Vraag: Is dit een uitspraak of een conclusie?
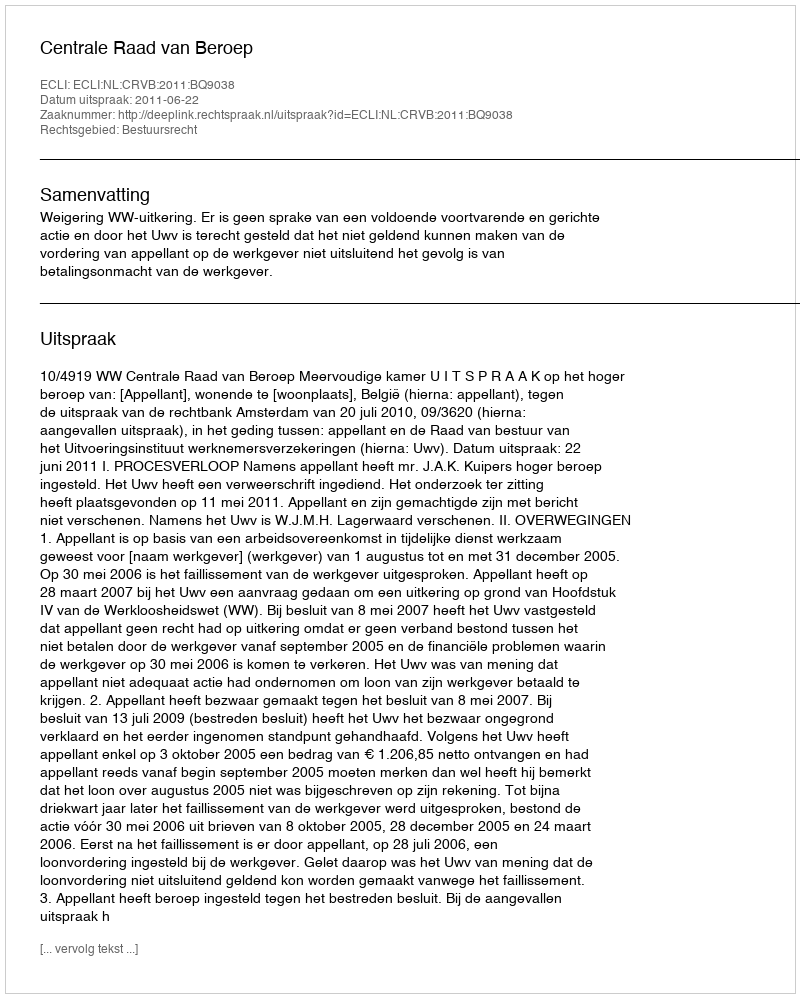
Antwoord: Uitspraak